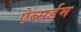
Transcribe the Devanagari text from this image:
ऐब्सर्डम